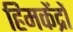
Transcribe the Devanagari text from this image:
हिमकेंद्रों